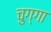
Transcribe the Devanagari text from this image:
चुग्गा